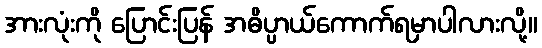
အားလုံးကို ပြောင်းပြန် အဓိပ္ပာယ်ကောက်ရမှာပါလားလို့။